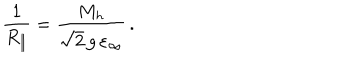
\frac { 1 } { R _ { \parallel } } = \frac { M _ { h } } { \sqrt { 2 } \, g \, \varepsilon _ { \infty } } \, .